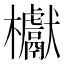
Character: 𣡌